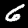
Digit: 6